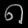
Digit: ၈